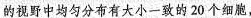
的视野中均匀分布有大小一致的20个细胞，